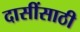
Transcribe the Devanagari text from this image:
दासींसाठी